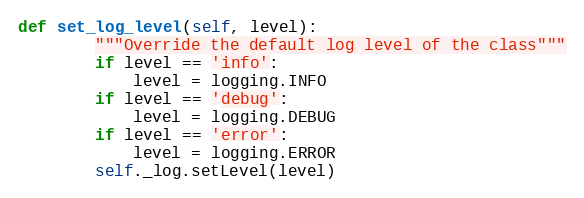
Language: Python
def set_log_level(self, level):
        """Override the default log level of the class"""
        if level == 'info':
            level = logging.INFO
        if level == 'debug':
            level = logging.DEBUG
        if level == 'error':
            level = logging.ERROR
        self._log.setLevel(level)